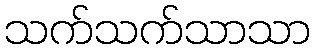
သက်သက်သာသာ